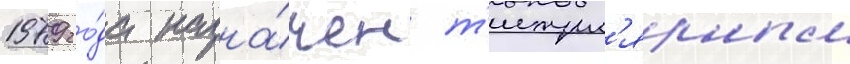
1979 го́да назна́чен т'итул'ярным